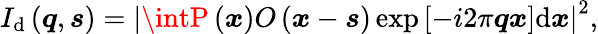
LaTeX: I_{\mathrm{d}}\left(\boldsymbol{q},\boldsymbol{s}\right)=\left|\intP\left(\boldsymbol{x}\right)O\left(\boldsymbol{x}-\boldsymbol{s}\right)\exp\left[-i2\pi\boldsymbol{q}\boldsymbol{x}\right]\mathrm{d}\boldsymbol{x}\right|^{2},